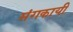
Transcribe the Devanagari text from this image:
मंगकायी